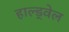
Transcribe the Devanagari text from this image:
हाल्ड्वेल